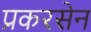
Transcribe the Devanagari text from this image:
प्रकरसेन